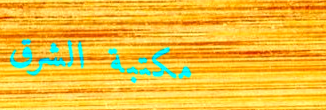
مكتبة الشرق